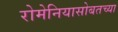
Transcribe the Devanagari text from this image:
रोमेनियासोबतच्या